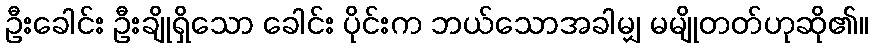
ဦးခေါင်း ဦးချိုရှိသော ခေါင်း ပိုင်းက ဘယ်သောအခါမျှ မမျိုတတ်ဟုဆို၏။